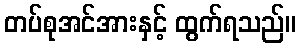
တပ်စုအင်အားနှင့် ထွက်ရသည်။